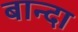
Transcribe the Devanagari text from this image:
बान्दा